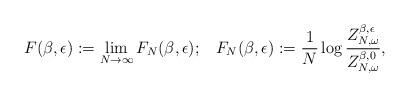
LaTeX: \begin{align*}F(\beta,\epsilon):=\lim_{N\rightarrow \infty} F_N(\beta,\epsilon); \;\;\; F_N(\beta,\epsilon):= \frac{1}{N}\log \frac{ Z_{N,\omega}^{\beta,\epsilon} }{Z_{N,\omega}^{\beta,0}},\end{align*}